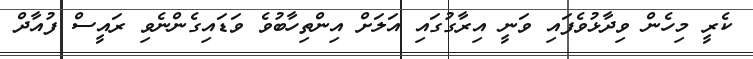
ކެރީ މިހެން ވިދާޅުވެފައި ވަނީ އިރާގުގައި އަލަށް އިންތިހާބުވެ ވަޑައިގެންނެވި ރައީސް ފުއާދް